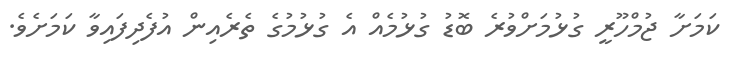
ކަމަށާ ޖުމްހޫރީ ގުޅުމަށްވުރެ ބޮޑު ގުޅުމެއް އެ ގުޅުމުގެ ތެރެއިން އުފެދިފައިވާ ކަމަށެވެ.